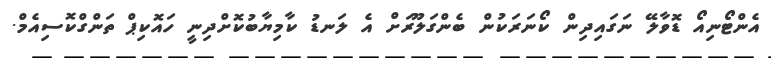
އެންޓޯނިއޯ ޑޮވާލޭ ނަގައިދިން ކޯނަރަކުން ބެންގަލޫރަށް އެ ލަނޑު ކާމިޔާބުކޮށްދިނީ ހައޮކިޕް ތަންގްކޮސިއެމް.